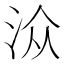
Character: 𱦏